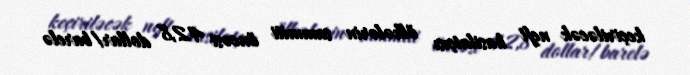
keçiriləcək neft hasilatçısı ölkələrin sammiti öncəsi 42,8 dollar/barelə